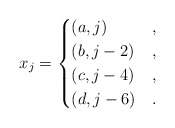
\begin{align*} x_j=\begin{cases} (a,j) & ,\\ (b,j-2) & ,\\ (c,j-4) & ,\\ (d,j-6) & . \end{cases}\end{align*}